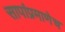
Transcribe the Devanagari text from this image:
सापांप्रमाणेच